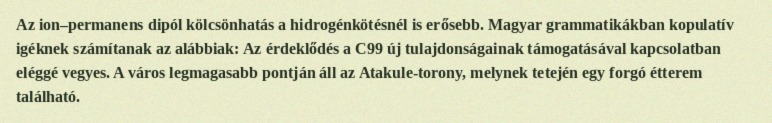
Az ion–permanens dipól kölcsönhatás a hidrogénkötésnél is erősebb. Magyar grammatikákban kopulatív igéknek számítanak az alábbiak: Az érdeklődés a C99 új tulajdonságainak támogatásával kapcsolatban eléggé vegyes. A város legmagasabb pontján áll az Atakule-torony, melynek tetején egy forgó étterem található.